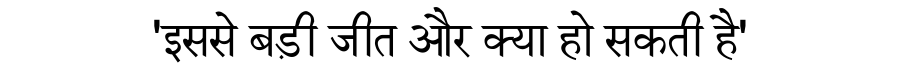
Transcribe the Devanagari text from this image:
'इससे बड़ी जीत और क्या हो सकती है'